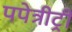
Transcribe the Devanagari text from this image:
पपेत्रीट्री